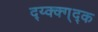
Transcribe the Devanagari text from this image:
द्य्क्क्ग्द्क